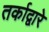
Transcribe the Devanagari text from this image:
तर्काद्वारे